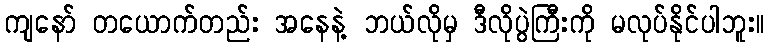
ကျနော် တယောက်တည်း အနေနဲ့ ဘယ်လိုမှ ဒီလိုပွဲကြီးကို မလုပ်နိုင်ပါဘူး။